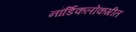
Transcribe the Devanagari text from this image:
नॉर्डिकलोकगीत